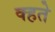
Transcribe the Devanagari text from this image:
क्हते